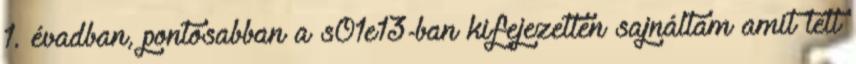
1. évadban, pontosabban a s01e13-ban kifejezetten sajnáltam amit tett